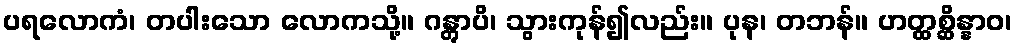
ပရလောကံ၊ တပါးသော လောကသို့။ ဂန္တွာပိ၊ သွားကုန်၍လည်း။ ပုန၊ တဘန်။ ဟတ္ထစ္ဆိန္နာဝ၊